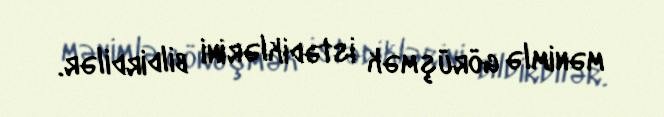
mənimlə görüşmək istədiklərini bildirdilər.